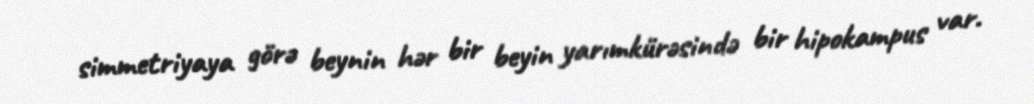
simmetriyaya görə beynin hər bir beyin yarımkürəsində bir hipokampus var.